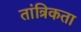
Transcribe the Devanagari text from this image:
तांत्रिकता